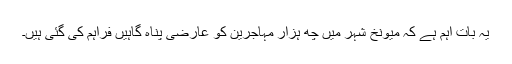
یہ بات اہم ہے کہ میونخ شہر میں چھ ہزار مہاجرین کو عارضی پناہ گاہیں فراہم کی گئی ہیں۔